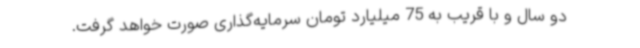
دو سال و با قریب به 75 میلیارد تومان سرمایه‌گذاری صورت خواهد گرفت.